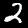
Label: 2